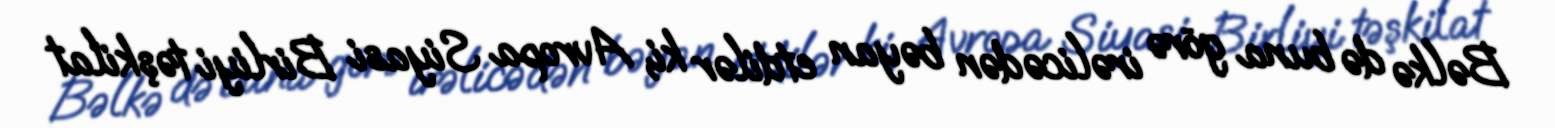
Bəlkə də buna görə irəlicədən bəyan etdilər ki, Avropa Siyasi Birliyi təşkilat